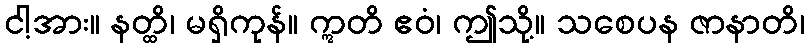
ငါ့အား။ နတ္ထိ၊ မရှိကုန်။ ဣတိ ဧဝံ၊ ဤသို့။ သစေပန ဇာနာတိ၊